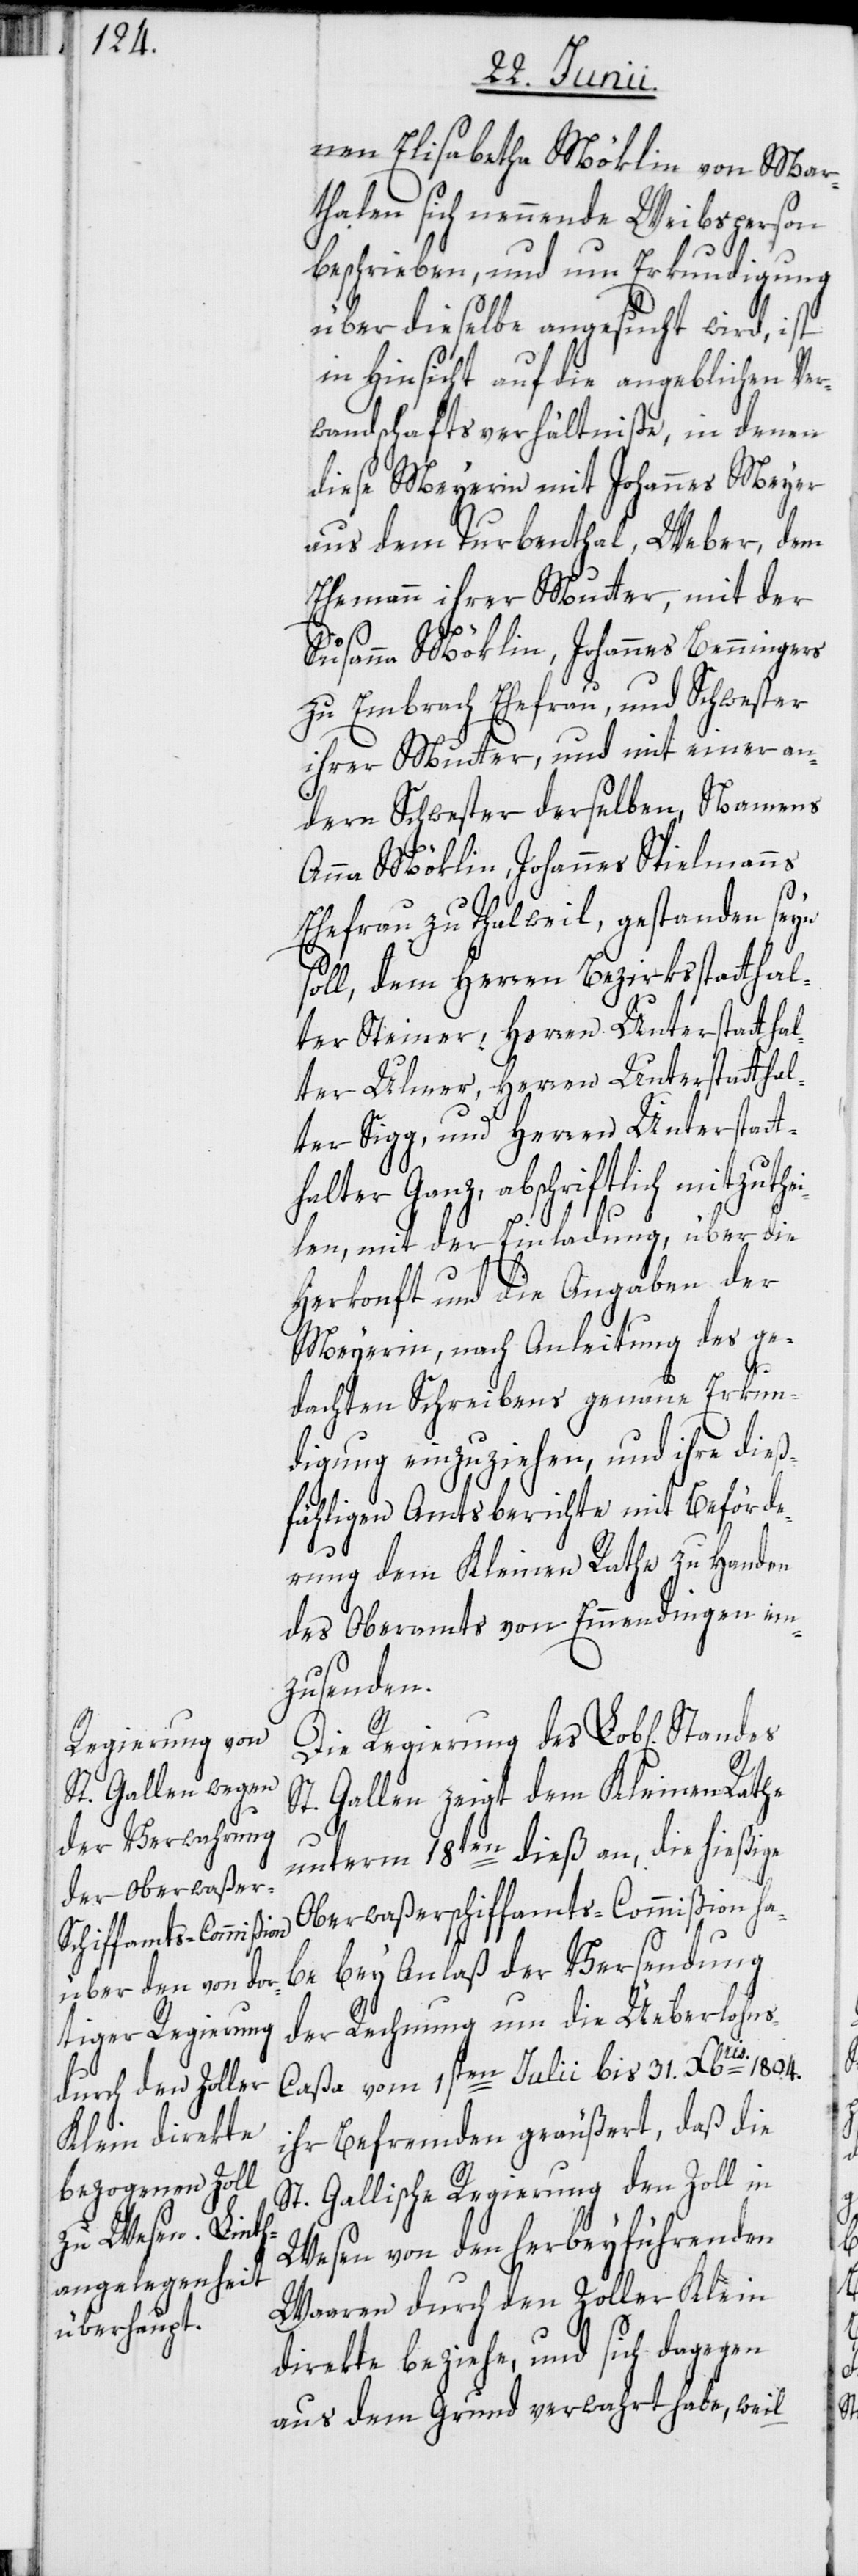
nen Elisabetha Möklin von Mar¬
thalen sich nennende Weibsperson
1804.
beschrieben, und um Erkundigung
über dieselbe angesucht wird, ist
in Hinsicht auf die angeblichen Ver¬
wandschaftsverhältniße, in denen
diese Meyerin mit Johannes Meyer
aus dem Turbenthal, Weber, dem
Ehemann ihrer Mutter, mit der
Susanna Möklin, Johannes Benningers
zu Embrach Ehefrau, und Schwester
ihrer Mutter, und mit einer an¬
dern Schwester derselben, Namens
Anna Möklin, Johannes Spielmanns
Ehefrau zu Thalweil, gestanden seyn
soll, dem Herren Bezirksstatthal¬
ter Steiner, Herren Unterstatthal¬
ter Ulmer, Herren Unterstatthal¬
ter Sigg, und Herren Unterstatt¬
halter Ganz, abschriftlich mit¬
len, mit der Einladung, über die
Herkonft und die Angaben der
Meyerin, nach Anleitung des ge¬
dachten Schreibens genaue Erkun¬
digung einzuziehen, und ihre dieß¬
fähligen Amtsberichte mit Beförde¬
rung dem Kleinen Rathe zu Handen
des Oberamts von Emmendingen ein¬
zusenden.
Die Regierung des Lob[lichen]
St. Gallen zeigt dem Kleinen Rathe
zuthei¬
unterm 18ten dieß an, die hießige
Oberwaßerschiffamts-Commißion ha¬
be bey Anlaß der Versendung
der Rechnung um die Ueberlohn¬
s-Caßa vom 1sten Julii bis 31. [Decem]bris
ihr Befremden geäußert, daß die
St. Gallische Regierung den Zoll in
Wesen von den herbeyführenden
Waaren durch den Zoller Klein
direkte beziehe, und sich dagegen
aus dem Grund verwahrt habe, weil